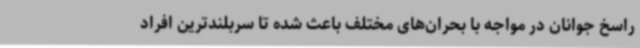
راسخ جوانان در مواجه با بحران‌های مختلف باعث شده تا سربلندترین افراد